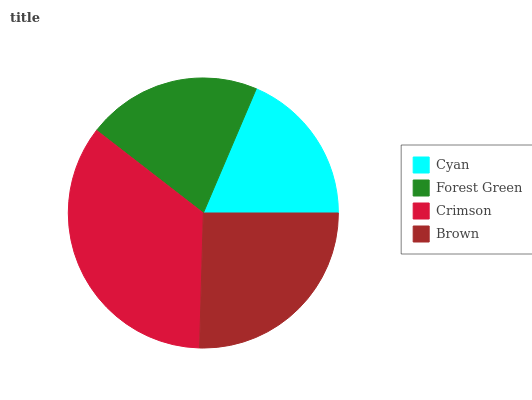
| Cyan | Forest Green | Crimson | Brown |
 | --- | --- | --- | --- |
 | 18.6% | 20.9% | 35% | 25.5% |